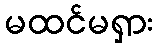
မထင်မရှား